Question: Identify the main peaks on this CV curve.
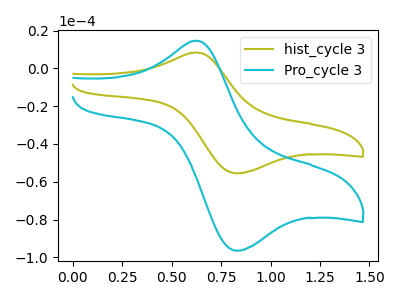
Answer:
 <answer>The olive curve "hist_cycle 3" has an anodic peak at (0.65V, 8.45uA) and a cathodic peak at (0.85V, -55.45uA). The cyan curve "Pro_cycle 3" has an anodic peak at (0.65V, 14.70uA) and a cathodic peak at (0.85V, -96.40uA).</answer>
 <eval></eval>